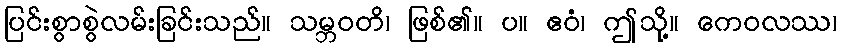
ပြင်းစွာစွဲလမ်းခြင်းသည်။ သမ္ဘဝတိ၊ ဖြစ်၏။ ပ။ ဧဝံ၊ ဤသို့။ ကေဝလဿ၊